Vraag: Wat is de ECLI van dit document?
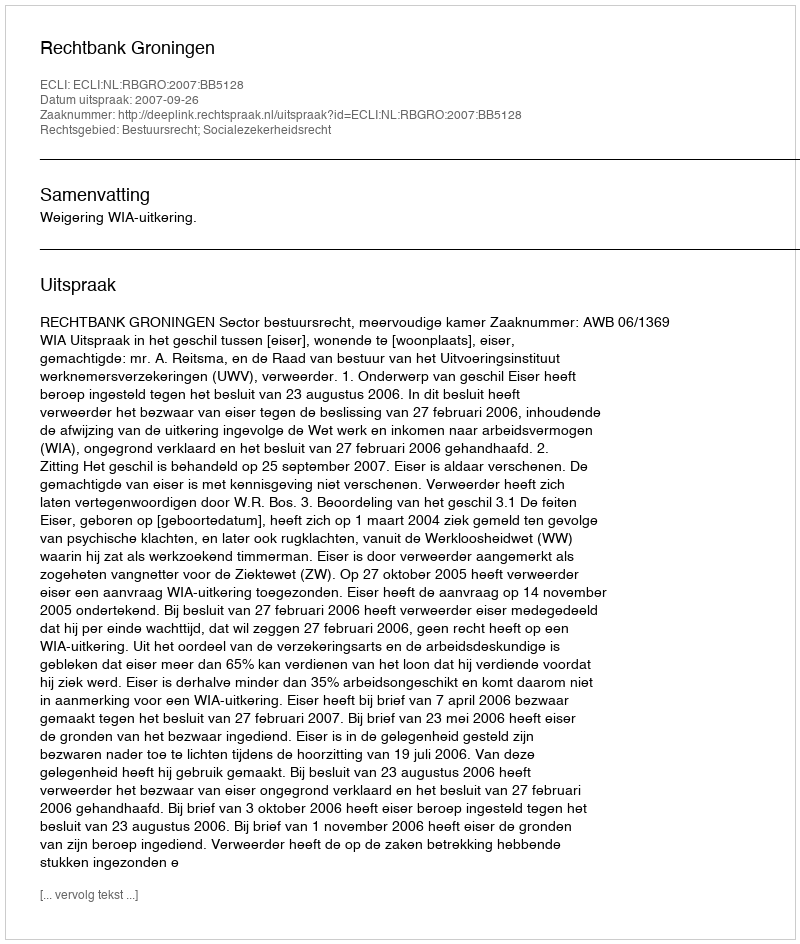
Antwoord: ECLI:NL:RBGRO:2007:BB5128